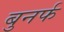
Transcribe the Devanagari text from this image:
बुनर्फ